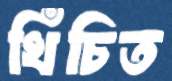
খিঁচিত